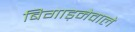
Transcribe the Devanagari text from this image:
बिगाड़नेवाले